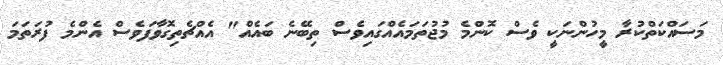
މަސައްކަތްކުރާ މީހުންނަކީ ވެސް ކޮންމެ މުޖުތަމައެއްގައިވެސް ތިބޭނެ ބައެއް" އެއްޗެތިގޮވާފަވެސް އެންމެ ފުރަތަމަ